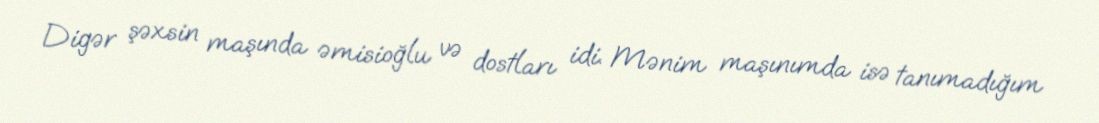
Digər şəxsin maşında əmisioğlu və dostları idi. Mənim maşınımda isə tanımadığım